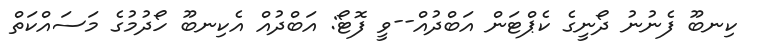
ކިނބޫ ފެނުނު ދޯނީގެ ކެޕްޓަން އަބްދުއް--ވީ ފޮޓޯ: އަބްދުއް އެކިނބޫ ހޯދުމުގެ މަސައްކަތް